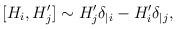
LaTeX: \begin{align*}[H_i, H_j^{\prime}] \sim H_j^{\prime}\delta_{|i} - H_i^{\prime}\delta_{|j},\end{align*}